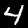
Label: 4